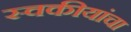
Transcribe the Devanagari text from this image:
स्वकीयांचा